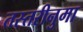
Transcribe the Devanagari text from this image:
तस्तरीनुमा